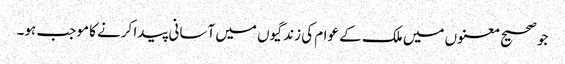
جو صحیح معنوں میں ملک کے عوام کی زندگیوں میں آسانی پیدا کرنے کا موجب ہو۔